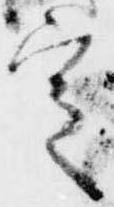
定